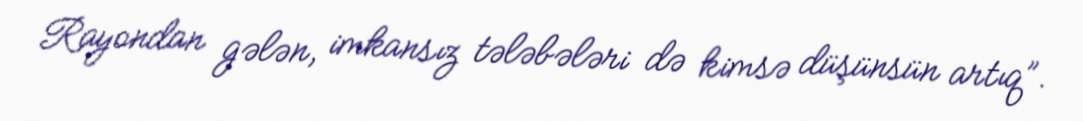
Rayondan gələn, imkansız tələbələri də kimsə düşünsün artıq”.